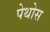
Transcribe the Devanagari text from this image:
पेथोस